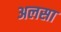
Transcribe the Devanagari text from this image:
अलसा